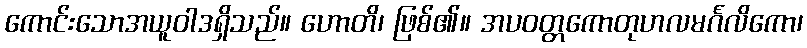
ကောင်းသောအယူဝါဒရှိသည်။ ဟောတိ၊ ဖြစ်၏။ အပဝတ္တကောတုဟလမင်္ဂလိကော၊